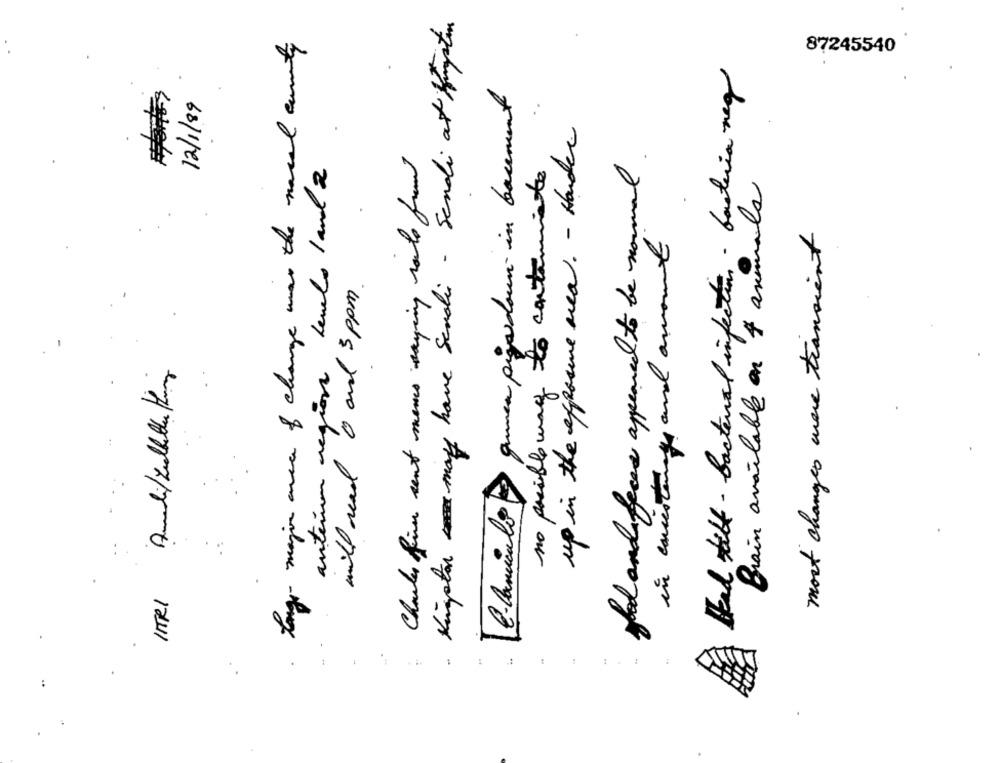
Kingston may have Sendi - Sendi at Kingston
tong- major area of change was the nasal cavity
87245540
Had talk - bacterial infection - bacteria neg
B-Camicalo quees pigadown in basement
12/1/89
up in the exposme area. - Hander
Charles firm sent mens saying route from
glad and faces appeared to be normal.
anteun region levels 1 and 2
no posible way to contaminte
Brain available on 4 animals
mort changes were transient
in eistungs and amount
will read 0 and 5 ppm
1
.